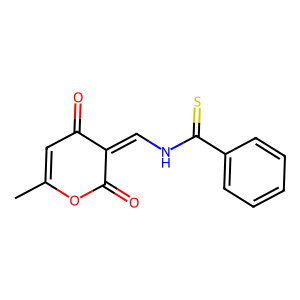
SMILES: CC1=CC(=O)C(=CNC(=S)c2ccccc2)C(=O)O1
Inhibits HIV replication: No